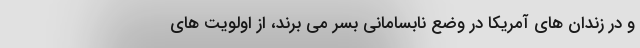
و در زندان های آمریکا در وضع نابسامانی بسر می برند، از اولویت های